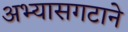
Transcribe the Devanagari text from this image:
अभ्यासगटाने